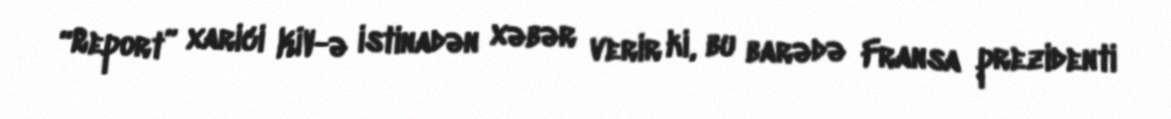
“Report” xarici KİV-ə istinadən xəbər verir ki, bu barədə Fransa prezidenti